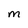
Character: M